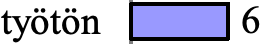
työtön  6